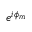
e ^ { i \phi _ { m } }